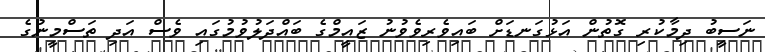
ނަސީބު ދިމާކުރި ގޮތުން އަޅުގަނޑަށް ބައިވެރިވެވުނު ޒައީމްގެ ބައްދަލުވުމުގައި ވެސް އަދި ތަސްމީނުގެ